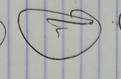
Signature authenticity: genuine